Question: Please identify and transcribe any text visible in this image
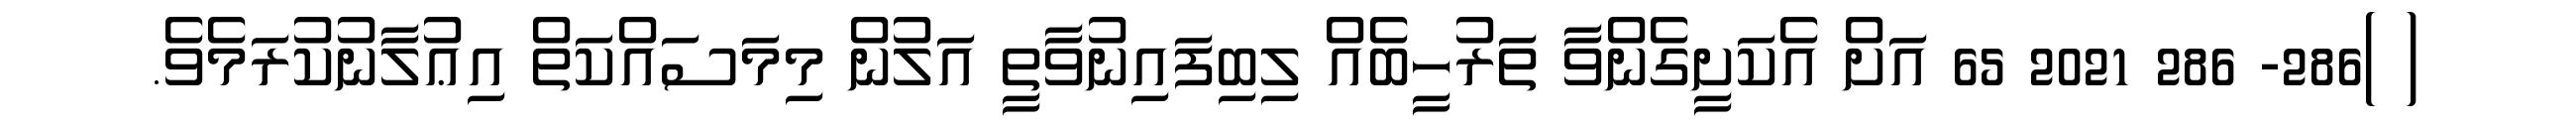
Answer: ( )286- 286 2021 65 އަށް އެކަށީގެންވާ ތަރުހީބެއް ލިބިފައިނުވާތީ އަލުން މިމަސައްކަތް އިޢުލާނުކުރަމެވެ.